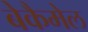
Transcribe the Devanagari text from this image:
बेकैमेल